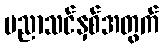
ပညာသင်နှစ်အတွက်